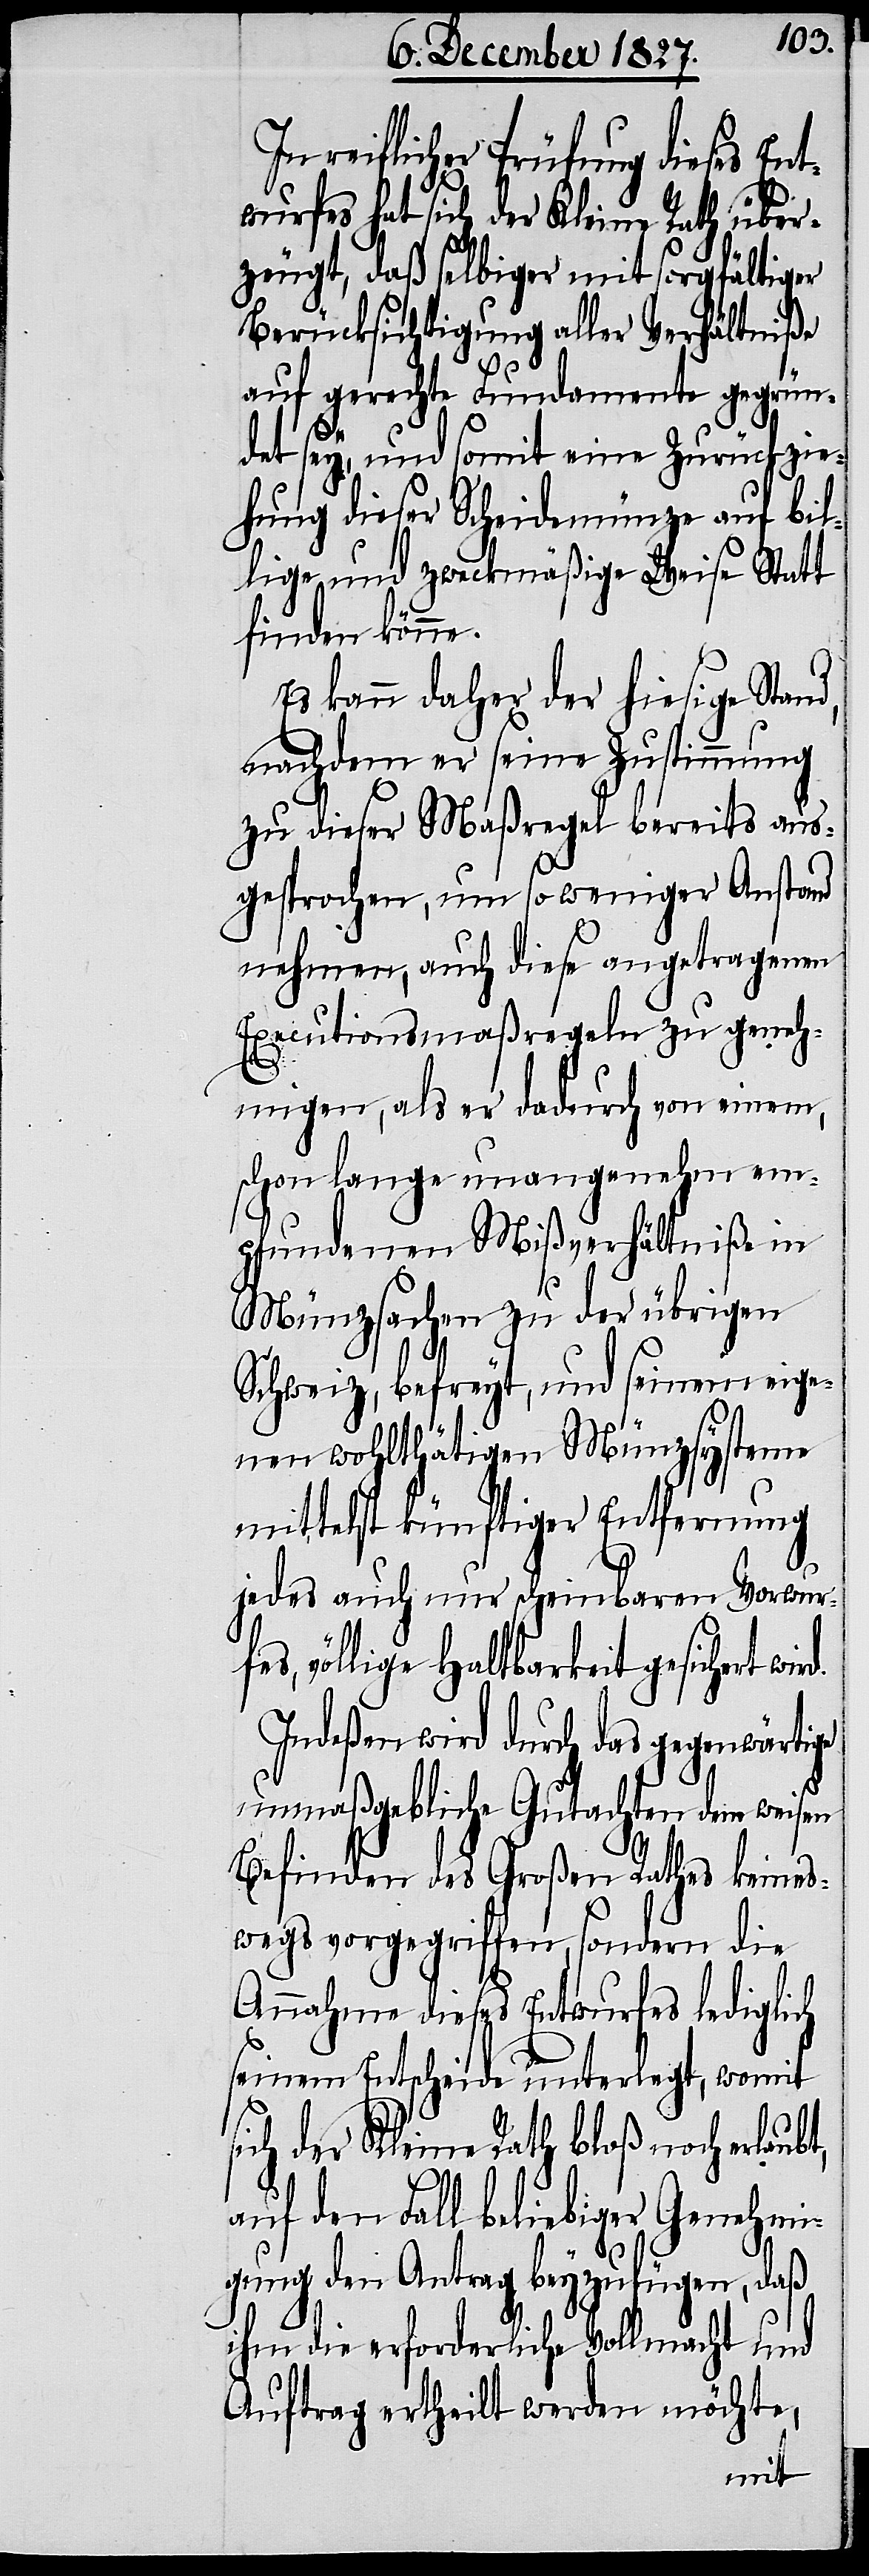
In reiflicher Prüfung dieses Ent¬
wurfes hat sich der Kleine Rath über¬
zeugt, daß selbiger mit sorgfältiger
Berücksichtigung aller Verhältniße
auf gerechte Fundamente gegrün¬
det sey, und somit eine Zurückzie¬
hung dieser Scheidemünze auf bil¬
lige und zweckmäßige Weise Statt
finden könne.
Es kann daher der hiesige Stand,
nachdem er seine Zustimmung
zu dieser Maßregel bereits aus¬
gesprochen, um so weniger Anstand
nehmen, auch diese angetragenen
Executionsmaßregeln zu geneh¬
t,
migen, als er dadurch von einem,
schon lange unangenehm em¬
pfunden Mißverhältniße in
Münzsachen zu der übrigen
Schweiz, befreyt, und seinem eige¬
nen wohlthätigen Münzsysteme
mittelst künftiger Entfernung
jedes auch nur scheinbaren Vorwur¬
fes, völlige Haltbarkeit gesichert
Indeßen wird durch das gegenwärtige
unmaßgebliche Gutachten dem weisen
Befinden des Großen Raths keines¬
wegs vorgegriffen, sondern die
Annahme dieses Entwurfes lediglich
seinem Entscheide unterlegt, womit
sich der Kleine Rath bloß noch erlaub¬
auf den Fall beliebiger Genehmi¬
gung den Antrag beyzufügen, daß
ihm die erforderliche Vollmacht und
Auftrag ertheilt werden möchte,